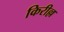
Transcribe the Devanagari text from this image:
किरील्ल